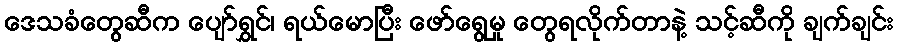
ဒေသခံတွေဆီက ပျော်ရွှင်၊ ရယ်မောပြီး ဖော်ရွေမှု တွေရလိုက်တာနဲ့ သင့်ဆီကို ချက်ချင်း